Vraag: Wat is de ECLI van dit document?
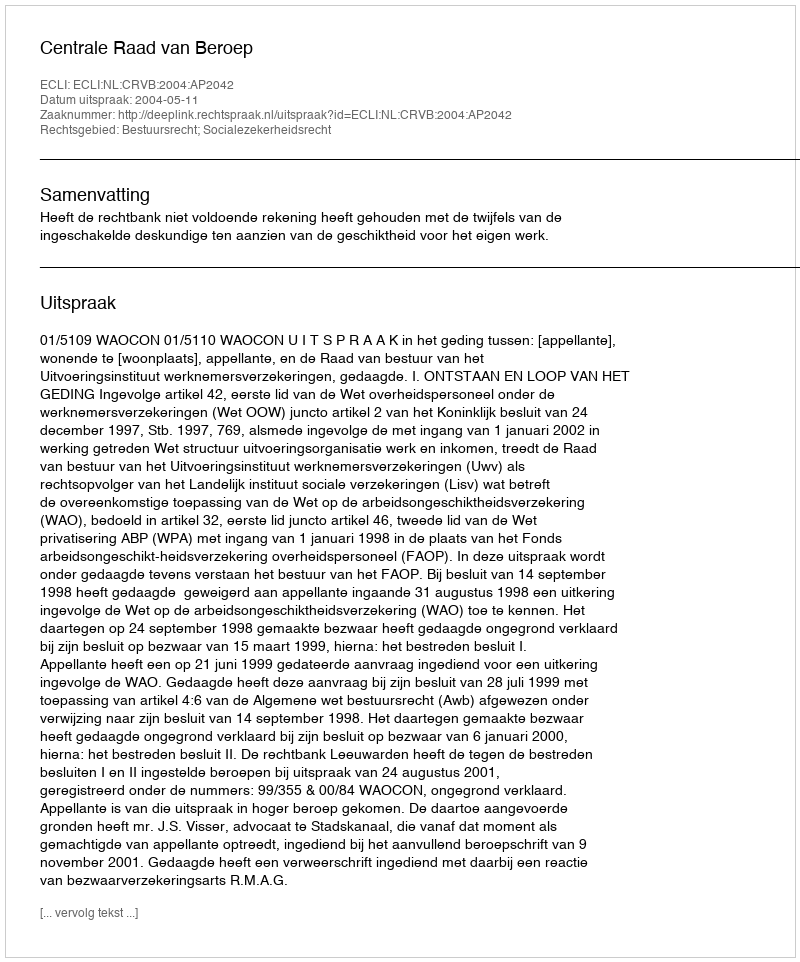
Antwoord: ECLI:NL:CRVB:2004:AP2042